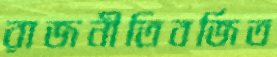
রাজনীতিবর্জিত